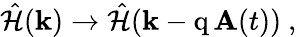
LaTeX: \hat{\mathcal{H}}(\mathbf{k})\to\hat{\mathcal{H}}(\mathbf{k}-\mathrm{q}\, \mathbf{A}(t))\mathrm{~,~}